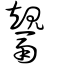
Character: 鬹